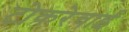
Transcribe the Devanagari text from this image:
टोकरेचाई